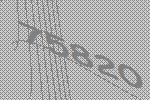
75820